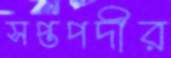
সপ্তপদীর